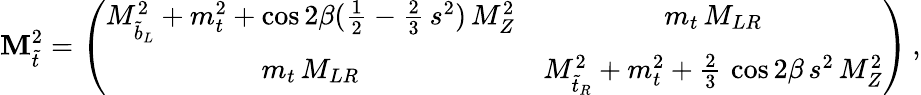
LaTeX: {\cal\mathbf{M}}_{\tilde{{t}}}^{2}=\left(\begin{array}{cc}{{M_{\tilde{b}_{L}}^{2}+m_{t}^{2}+\cos{2\beta}({\frac{1}{2}}-{\frac{2}{3}}\, s^{2})\, M_{Z}^{2}}}&{{m_{t}\, M_{LR}}}\\ {{m_{t}\, M_{LR}}}&{{M_{\tilde{t}_{R}}^{2}+m_{t}^{2}+{\frac{2}{3}}\, \cos{2\beta}\, s^{2}\, M_{Z}^{2}}}\end{array}\right)\, ,